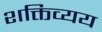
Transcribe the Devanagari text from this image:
शक्तिव्यय